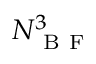
N _ { \mathrm { ~ B ~ F ~ } } ^ { 3 }